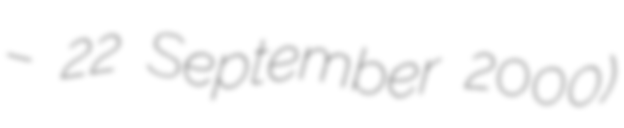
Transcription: – 22 September 2000)